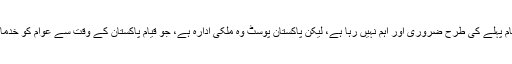
آج ڈاک کا رائج نظام پہلے کی طرح‌ ضروری اور اہم نہیں‌ رہا ہے، لیکن پاکستان پوسٹ وہ ملکی ادارہ ہے، جو قیامِ پاکستان کے وقت سے عوام کو خدمات فراہم کررہا ہے۔